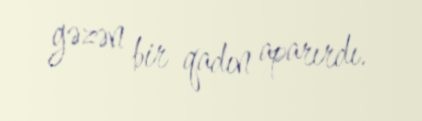
gəzən bir qadın aparırdı.